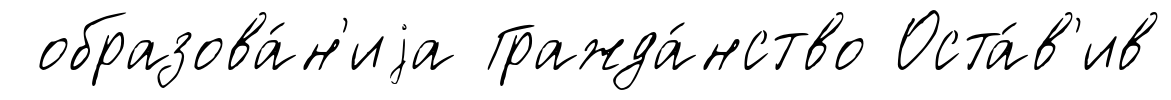
образова́н'иjа Гражда́нство Оста́в'ив